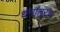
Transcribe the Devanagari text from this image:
धर्मांतरच